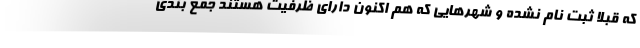
که قبلا ثبت نام نشده و شهرهایی که هم اکنون دارای ظرفیت هستند جمع بندی